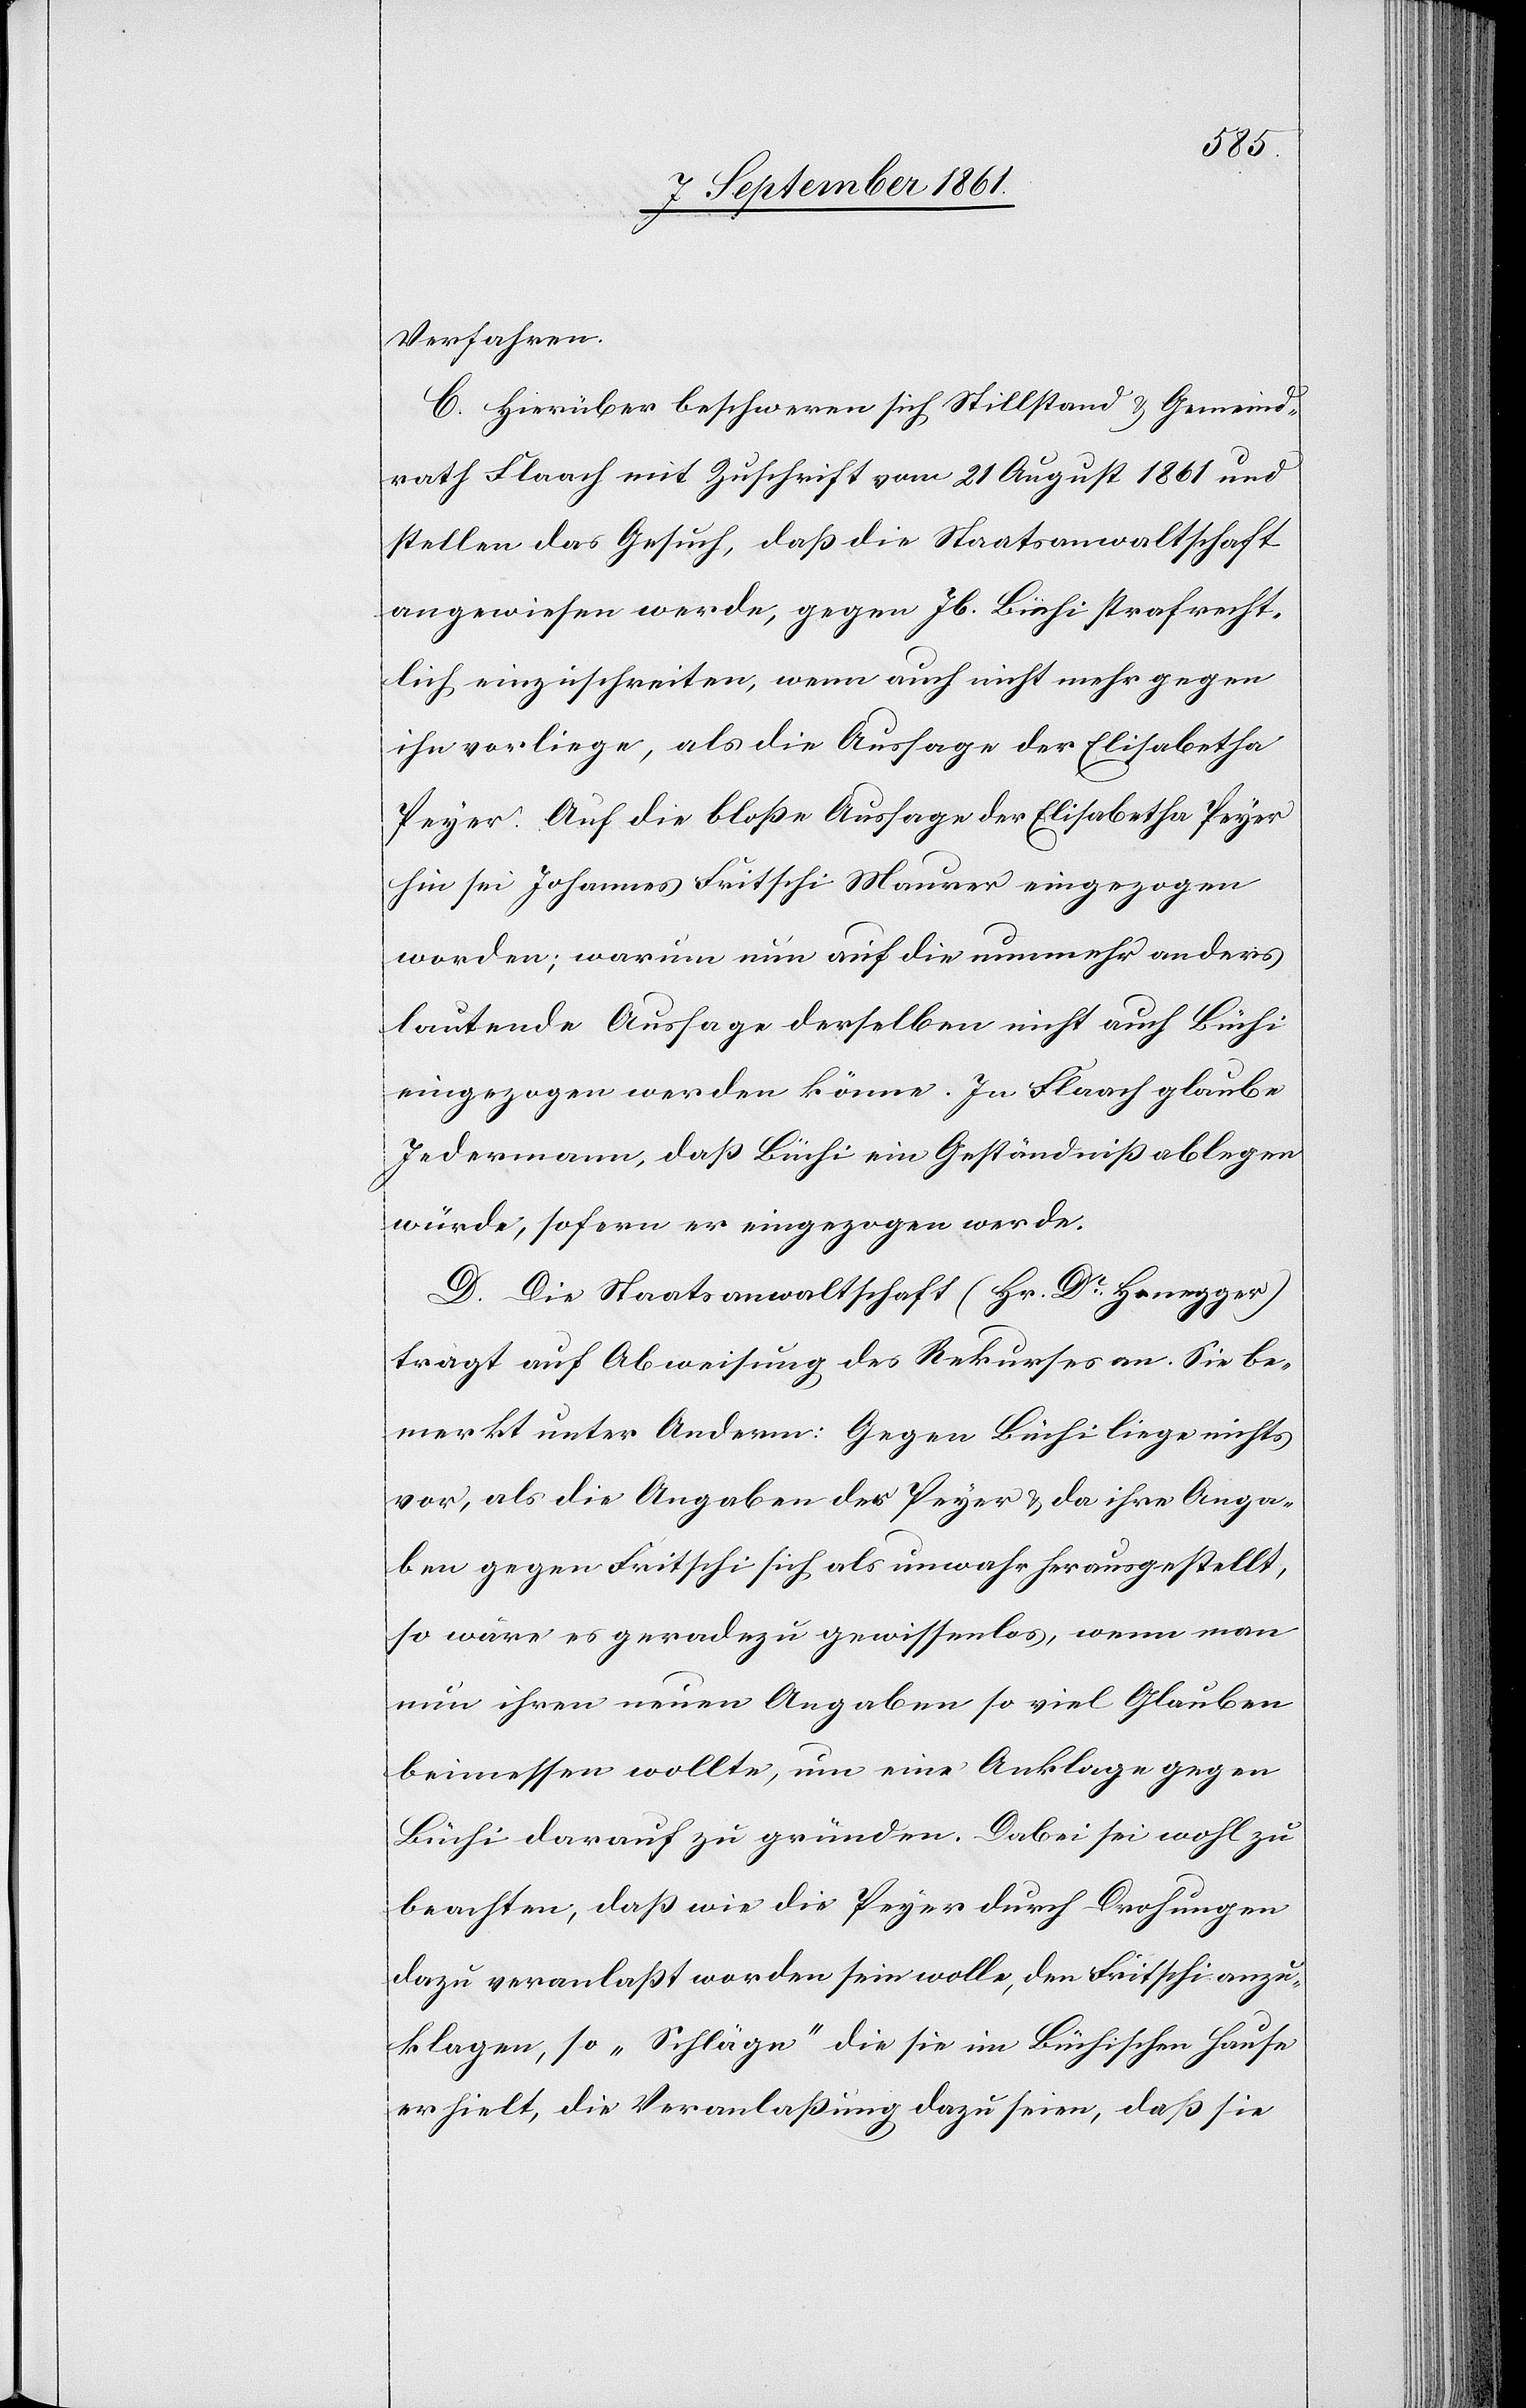
Verfahren.
C. Hierüber beschweren sich Stillstand u. Gemeind¬
rath Flaach mit Zuschrift vom 21 August 1861 und
stellen das Gesuch, daß die Staatsanwaltschaft
angewiesen werde, gegen Jb. Büchi strafrecht¬
lich einzuschreiten, wenn auch nicht mehr gegen
ihn vorliege, als die Aussage der Elisabetha
Peyer. Auf die bloße Aussage der Elisabetha Peyer
hin sei Johannes Fritschi Maurer eingezogen
worden, warum nun auf die nunmehr anders
lautende Aussage derselben nicht auch Büchi
eingezogen werden könne. In Flaach glaube
Jedermann, daß Büchi ein Geständniß ablegen
würde, sofern er eingezogen werde.
D. Die Staatsanwaltschaft (Hr. Dr Hengger)
trägt auf die Abweisung des Rekurses an. Sie be¬
merkt unter Anderem: Gegen Büchi liege nichts
vor, als die Angaben der Peyer u. da ihre Anga¬
ben gegen Fritschi sich als unwahr herausgestellt,
so wäre es geradezu gewissenlos, wenn man
nun ihren neuen Angaben so viel Glauben
beimessen wollte, um eine Anklage gegen
Büchi darauf zu gründen. Dabei sei wohl zu
beachten, daß wie die Peyer durch Drohungen
dazu veranlaßt worden sein wolle, den Fritschi anzu¬
klagen, so „Schläge“ die sie im Büchischen Hause
erhielt, die Veranlaßung dazu seien, daß sie